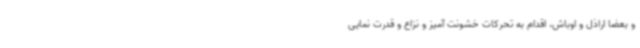
و بعضاً اراذل و اوباش، اقدام به تحرکات خشونت آمیز و نزاع و قدرت نمایی